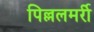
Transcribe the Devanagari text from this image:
पिल्ललमर्री